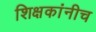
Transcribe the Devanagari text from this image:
शिक्षकांनीच